Civil Veterinary Department. Madras. Admin. report 1926-33 - 1926-1933
Year: 1926
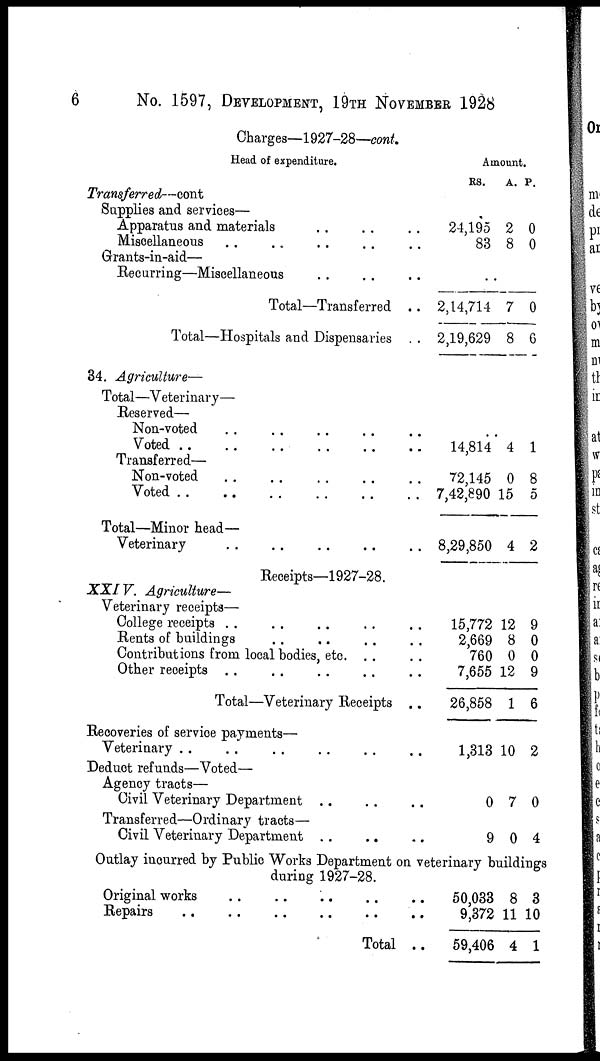
6
No. 1597, DEVELOPMENT, 19TH NOVEMBER 1928
Charges—1927-28—cont.
Head of expenditure.
Transferred—cont
Supplies and services—
Apparatus and materials .. .. ..
Miscellaneous .. .. .. .. ..
Grants-in-aid—
Recurring—Miscellaneous .. .. ..
Total—Transferred ..
Total—Hospitals and Dispensaries ..
34. Agriculture—
Total—Veterinary—
Reserved—
Non-voted .. .. .. .. ..
Voted
..
..
..
..
..
Transferred—
Non-voted .. .. .. .. ..
Voted
..
..
..
..
..
Total—Minor head-
Veterinary .. .. .. .. ..
Receipts—1927-28.
XXIV. Agriculture—
Veterinary receipts—
College receipts .. .. .. .. ..
Rents of buildings .. .. .. ..
Contributions from local bodies, etc. .. ..
Other receipts .. .. .. .. ..
Total—Veterinary Receipts ..
Recoveries of service payments—
Veterinary .. .. .. .. ..
Deduct refunds—Voted—
Agency tracts—
Civil Veterinary Department .. .. ..
Transferred—Ordinary tracts—
Civil Veterinary Department .. .. ..
Amount.
RS.
24,195
83
2,14,714
2,19,629
14,814
72,145
7,42,890 1
8,29,850
15,772
2,669
760
7,655
26,858
1,313
0
9
Outlay incurred by Public Works Department on veterinary bu
during 1927-28.
Original works .. .. .. .. ..
Repairs .. .. .. .. ..
Total ..
50,033
9,372
59,406
A.
2
8
7
8
4
0
5
4
12
8
0
12
1
10
7
0
ildi
8
11
4
P.
0
0
0
6
1
8
5
2
9
0
0
9
6
2
0
4
ngs
3
10
1